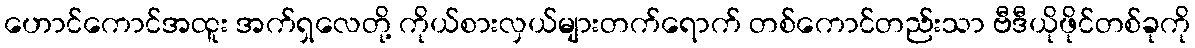
ဟောင်ကောင်အထူး အက်ရှလေတို့ ကိုယ်စားလှယ်များတက်ရောက် တစ်ကောင်တည်းသာ ဗီဒီယိုဖိုင်တစ်ခုကို